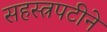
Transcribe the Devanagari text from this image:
सहस्त्रपटीने